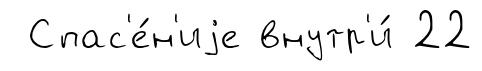
Спас'е́н'иjе внутр'и́ 22